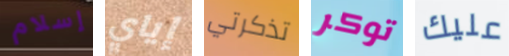
إسلام إياي تذكرتي توكر عليك